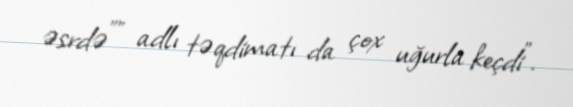
əsrdə"" adlı təqdimatı da çox uğurla keçdi”.